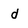
Character: d